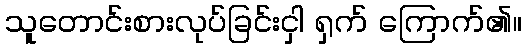
သူတောင်းစားလုပ်ခြင်းငှါ ရှက် ကြောက်၏။